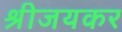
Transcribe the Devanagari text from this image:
श्रीजयकर